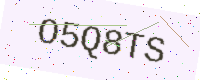
Text: O5Q8TS